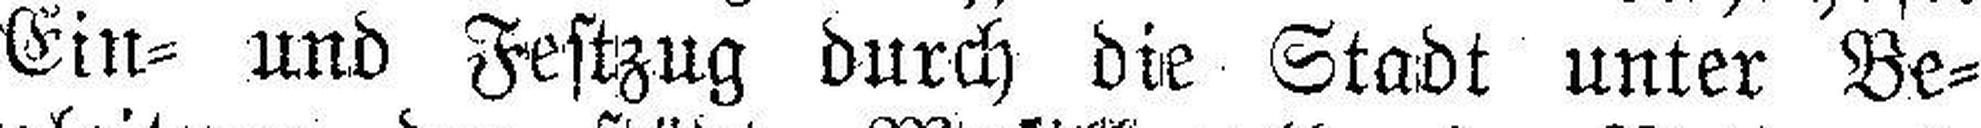
Ein= und Festzug durch die Stadt unter Be¬